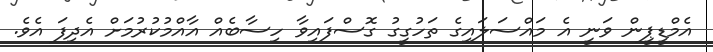
އެމްޑީޕީން ވަނީ އެ މައްސަލައިގެ ތަހުގީގު ގޮސްފައިވާ ހިސާބެއް އާއްމުކުރުމަށް އެދިފަ އެވެ.